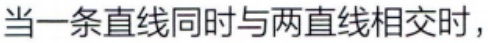
当一条直线同时与两直线相交时，